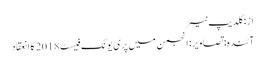
از: کلدیپ نیئر
آئندہ: تصاویر: انجمن میں پری یونک فیسٹ 2018 کا انعقاد